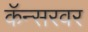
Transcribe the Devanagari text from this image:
कॅन्सरवर